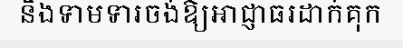
និងទាមទារចង់ឱ្យអាជ្ញាធរដាក់គុក